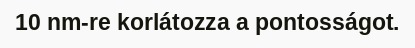
10 nm-re korlátozza a pontosságot.